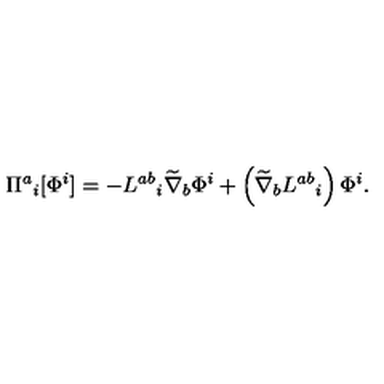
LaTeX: \Pi ^ { a } { } _ { i } [ \Phi ^ { i } ] = - L ^ { a b } { } _ { i } \widetilde { \nabla } _ { b } \Phi ^ { i } + \left( \widetilde { \nabla } _ { b } L ^ { a b } { } _ { i } \right) \Phi ^ { i } .